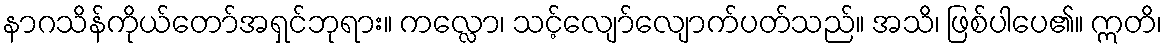
နာဂသိန်ကိုယ်တော်အရှင်ဘုရား။ ကလ္လော၊ သင့်လျော်လျောက်ပတ်သည်။ အသိ၊ ဖြစ်ပါပေ၏။ ဣတိ၊